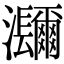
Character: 𤅤